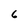
Character: 6